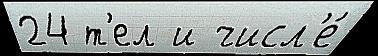
24 т'ел и числ'е́